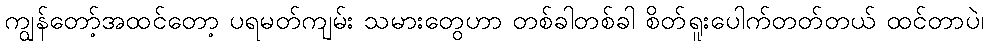
ကျွန်တော့်အထင်တော့ ပရမတ်ကျမ်း သမားတွေဟာ တစ်ခါတစ်ခါ စိတ်ရူးပေါက်တတ်တယ် ထင်တာပဲ၊